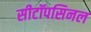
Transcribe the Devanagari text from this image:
सीटॉपसिनल